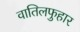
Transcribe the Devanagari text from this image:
वातिलफुहार